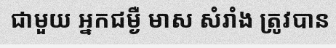
ជាមួយ អ្នកជម្ងឺ មាស សំរាំង ត្រូវបាន